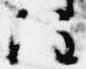
注